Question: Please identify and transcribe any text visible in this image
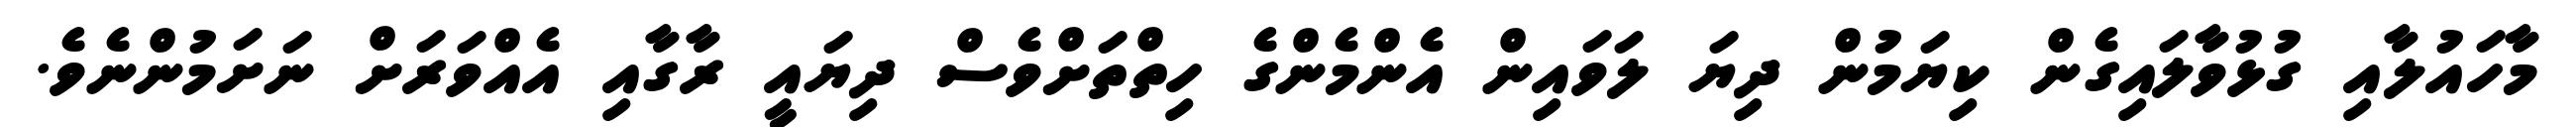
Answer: މާހައުލާއި ގުޅުވާލައިގެން ކިޔަމުން ދިޔަ ލަވައިން އެންމެންގެ ހިތްތަށްވެސް ދިޔައީ ރާގާއި އެއްވަރަށް ނަށަމުންނެވެ.